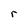
Character: r